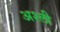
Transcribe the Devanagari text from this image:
अश्ली